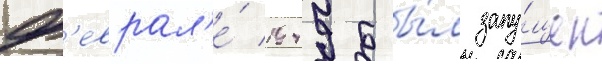
ф'еврал'е́ 1949 бы́л запу́щен